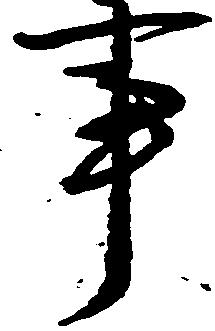
事